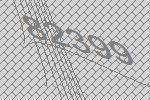
82399